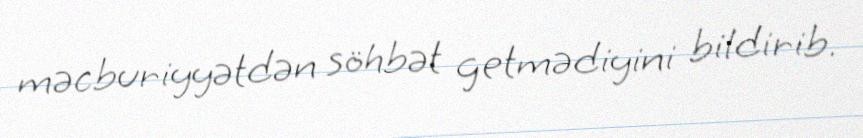
məcburiyyətdən söhbət getmədiyini bildirib.